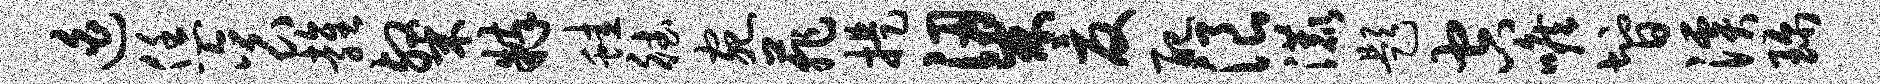
迫恁衮雍粲粹蛙德宛菲提梁夏配浪漉题空喉智溪珍